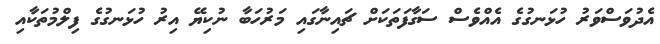
އެދުވަސްވަރު ހުޅަނގުގެ އެއްވެސް ސަގާފަތަކަށް ޗައިނާގައި މަރުހަބާ ނުކިޔޭ އިރު ހުޅަނގުގެ ފިލްމުތަކާއި